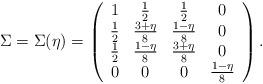
LaTeX: \begin{align*}\Sigma=\Sigma(\eta) =\left(\begin{array}{cccc}1 & \frac{1}{2} & \frac{1}{2} & 0 \\\frac{1}{2} & \frac{3+\eta}{8} & \frac{1-\eta}{8} & 0 \\\frac{1}{2} & \frac{1-\eta}{8} & \frac{3+\eta}{8} & 0 \\0 & 0 & 0 & \frac{1-\eta}{8}\end{array}\right).\end{align*}